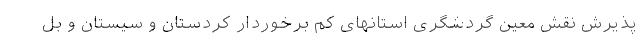
پذیرش نقش معین گردشگری استانهای کم برخوردار کردستان و سیستان و بل